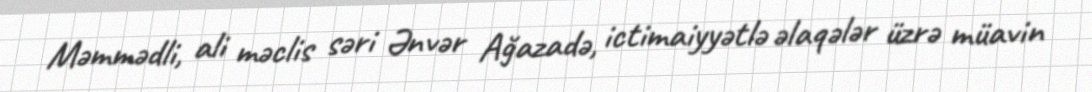
Məmmədli, ali məclis səri Ənvər Ağazadə, ictimaiyyətlə əlaqələr üzrə müavin